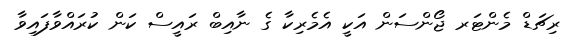
ރިޗަޑް މެންޓަރ ޖޯންސަން އަކީ އެމެރިކާ ގެ ނާއިބް ރައީސް ކަން ކުރައްވާފައިވާ